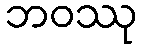
ဘဝဿု